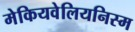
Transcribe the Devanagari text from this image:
मेकियवेलियनिस्म